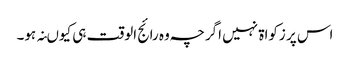
اس پر زکواۃ نہیں اگرچہ وہ رائج الوقت ہی کیوںنہ ہو۔